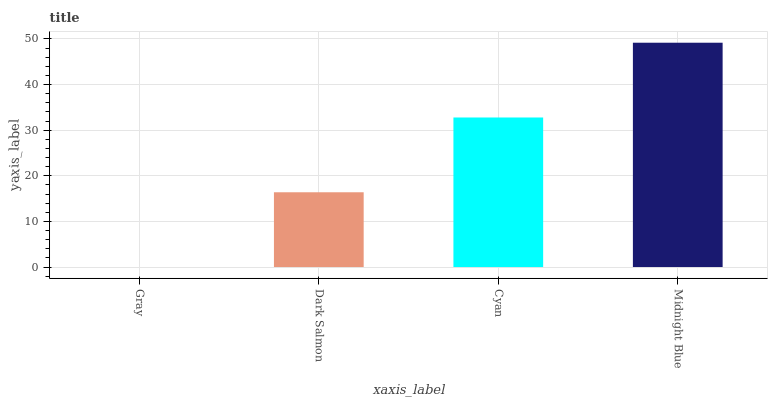
| xaxis_label | bars |
 | --- | --- |
 | Gray | 0 |
 | Dark Salmon | 16.4 |
 | Cyan | 32.8 |
 | Midnight Blue | 49.2 |